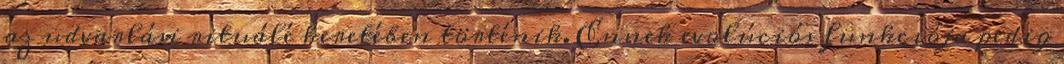
az udvarlási rituálé keretében történik. Ennek evolúciós funkciója pedig